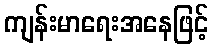
ကျန်းမာရေးအနေဖြင့်